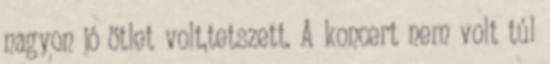
nagyon jó ötlet volt,tetszett. A koncert nem volt túl